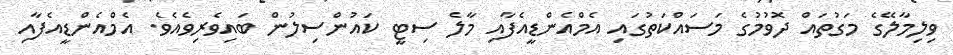
ވިލިމާލޭގެ މަގުތައް ދޮވުމުގެ މަސައްކަތުގައި އެމްއެންޑީއެފާއި މާލެ ސިޓީ ކައުންސިލުން ބައިވެރިވެއެވެ. އެމްއެންޑީއެފާއި